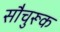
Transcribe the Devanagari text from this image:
सौचुरूक